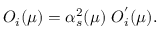
O _ { i } ( \mu ) = \alpha _ { s } ^ { 2 } ( \mu ) ~ O _ { i } ^ { ' } ( \mu ) .